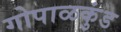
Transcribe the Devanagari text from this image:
गोपाळकुंड